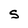
Character: S